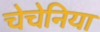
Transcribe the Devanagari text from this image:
चेचेनिया